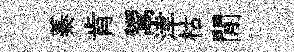
蓁肯鬻津枯閒